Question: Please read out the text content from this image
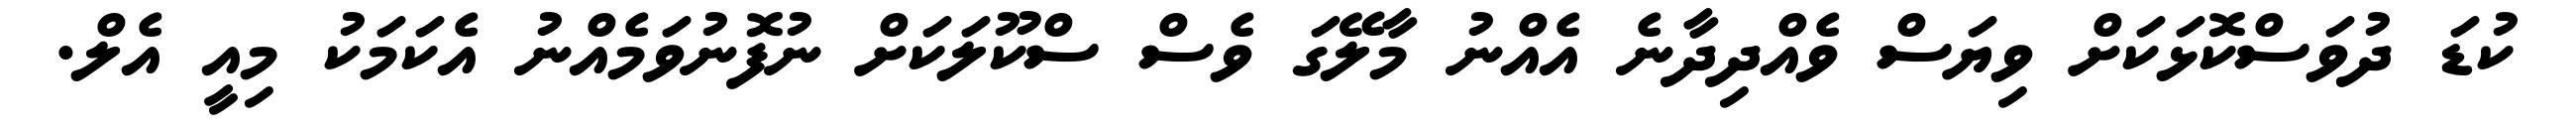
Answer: ކުޑަ ދުވަސްކޮޅަކަށް ވިޔަސް ވެއްދިދާނެ އެއްނު މާލޭގަ ވެސް ސްކޫލަކަށް ނުފޮނުވަމެއްނު އެކަމަކު މިއީ އެލް.